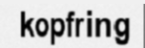
kopfring